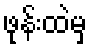
ဖုန်းထဲမှ